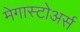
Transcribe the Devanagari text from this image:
मेगास्टोअर्स